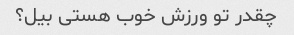
چقدر تو ورزش خوب هستی بیل؟